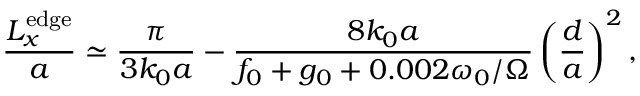
\frac { L _ { x } ^ { \mathrm { e d g e } } } { a } \simeq \frac { \pi } { 3 k _ { 0 } a } - \frac { 8 k _ { 0 } a } { f _ { 0 } + g _ { 0 } + 0 . 0 0 2 \omega _ { 0 } / \Omega } \left( \frac { d } { a } \right) ^ { 2 } ,